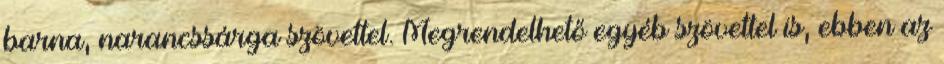
barna, narancssárga szövettel. Megrendelhető egyéb szövettel is, ebben az